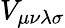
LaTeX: V_{\mu\nu\lambda\sigma}